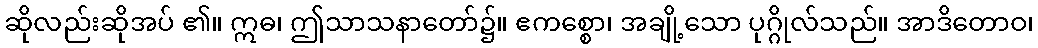
ဆိုလည်းဆိုအပ် ၏။ ဣဓ၊ ဤသာသနာတော်၌။ ဧကစ္စော၊ အချို့သော ပုဂ္ဂိုလ်သည်။ အာဒိတောဝ၊